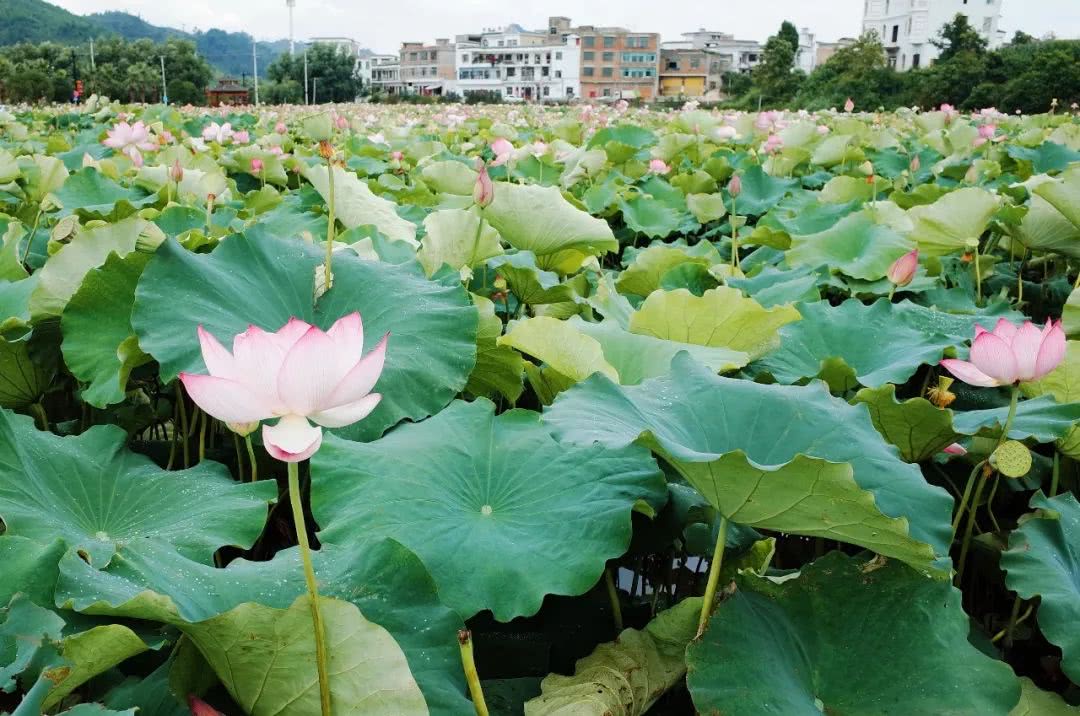
菱叶萦波荷飐风，荷花深处小船通。